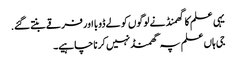
یہی علم کا گهمنڈ نے لوگوں کو لے ڈوبا اور فرقے بنتے گئے.
جی ہاں علم پہ گھمنڈ نہیں کرنا چاہیے۔